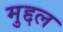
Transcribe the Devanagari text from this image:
मुद्दल